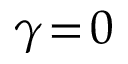
\gamma \! = \! 0